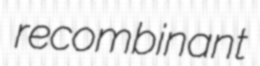
recombinant